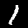
Digit: 1